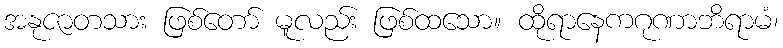
အနုဇာတသား ဖြစ်တော် မူလည်း ဖြစ်ထသော။ ထိုရာနေကဂုဏာဘိရာမံ၊